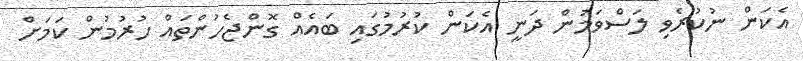
އެކަން ނުކުރެވި ލަސްވަމުން ދަނީ އެކަން ކުރުމުގައި ބައެއް ގޮންޖެހުންތައް ހުރުމުން ކަމަށް